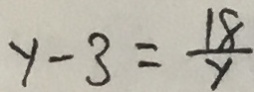
y - 3 = \frac { 1 8 } { y }